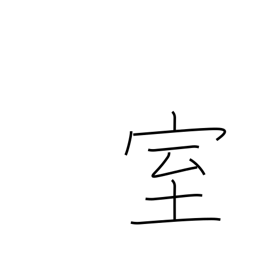
Meaning: apartment